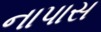
નાપાસ